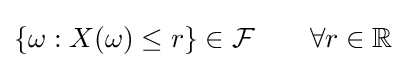
\{\omega :X(\omega )\leq r\}\in {\mathcal {F}}\qquad \forall r\in \mathbb {R}